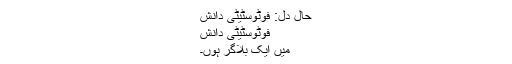
حالِ دل: فوٹوسٹیٹی دانش
فوٹوسٹیٹی دانش
میں ایک بلاگر ہوں۔